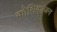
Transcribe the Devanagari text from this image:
कोशिकाजन